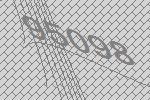
95098